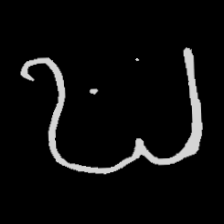
Pyu character \u2014 Myanmar letter: ဎ (romanized: ddha)